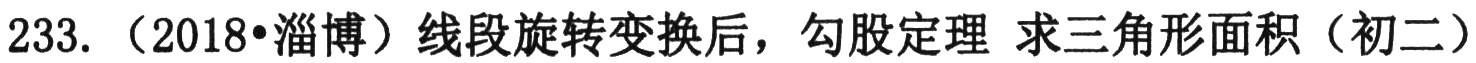
233. （2018•淄博）线段旋转变换后，勾股定理 求三角形面积（初二）